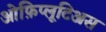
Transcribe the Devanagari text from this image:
ओफ़िप्लूटिअस